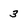
Character: 3